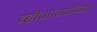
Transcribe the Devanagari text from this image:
व्हीआयपींच्या